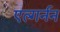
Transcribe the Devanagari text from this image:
एल्गर्नन